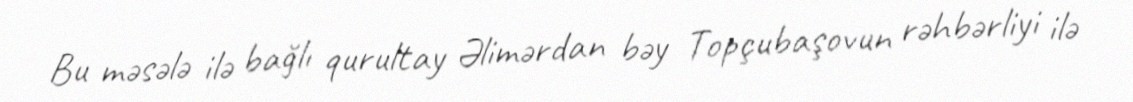
Bu məsələ ilə bağlı qurultay Əlimərdan bəy Topçubaşovun rəhbərliyi ilə